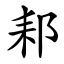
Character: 䣂